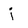
Character: j